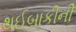
થઈબાકીની